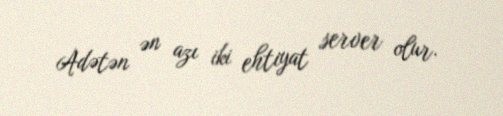
Adətən ən azı iki ehtiyat server olur.